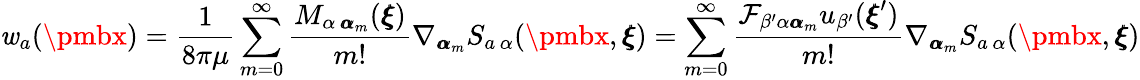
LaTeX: \mathit{w}_{a}({\pmbx})=\frac{{1}}{{8\pi\mu}}\sum_{m=0}^{\infty}\frac{{M_{\alpha\, {\pmb\alpha}_{m}}({\pmb\xi})}}{{m!}}\nabla_{{\pmb\alpha}_{m}}S_{a\, \alpha}({\pmbx},{\pmb\xi})=\sum_{m=0}^{\infty}\frac{{\mathcal{{F}}_{\beta^{\prime}\alpha{\pmb\alpha}_{m}}u_{\beta^{\prime}}({\pmb\xi}^{\prime})}}{{m!}}\nabla_{{\pmb\alpha}_{m}}S_{a\, \alpha}({\pmbx},{\pmb\xi})